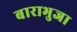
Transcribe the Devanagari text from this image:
बाराभुजा